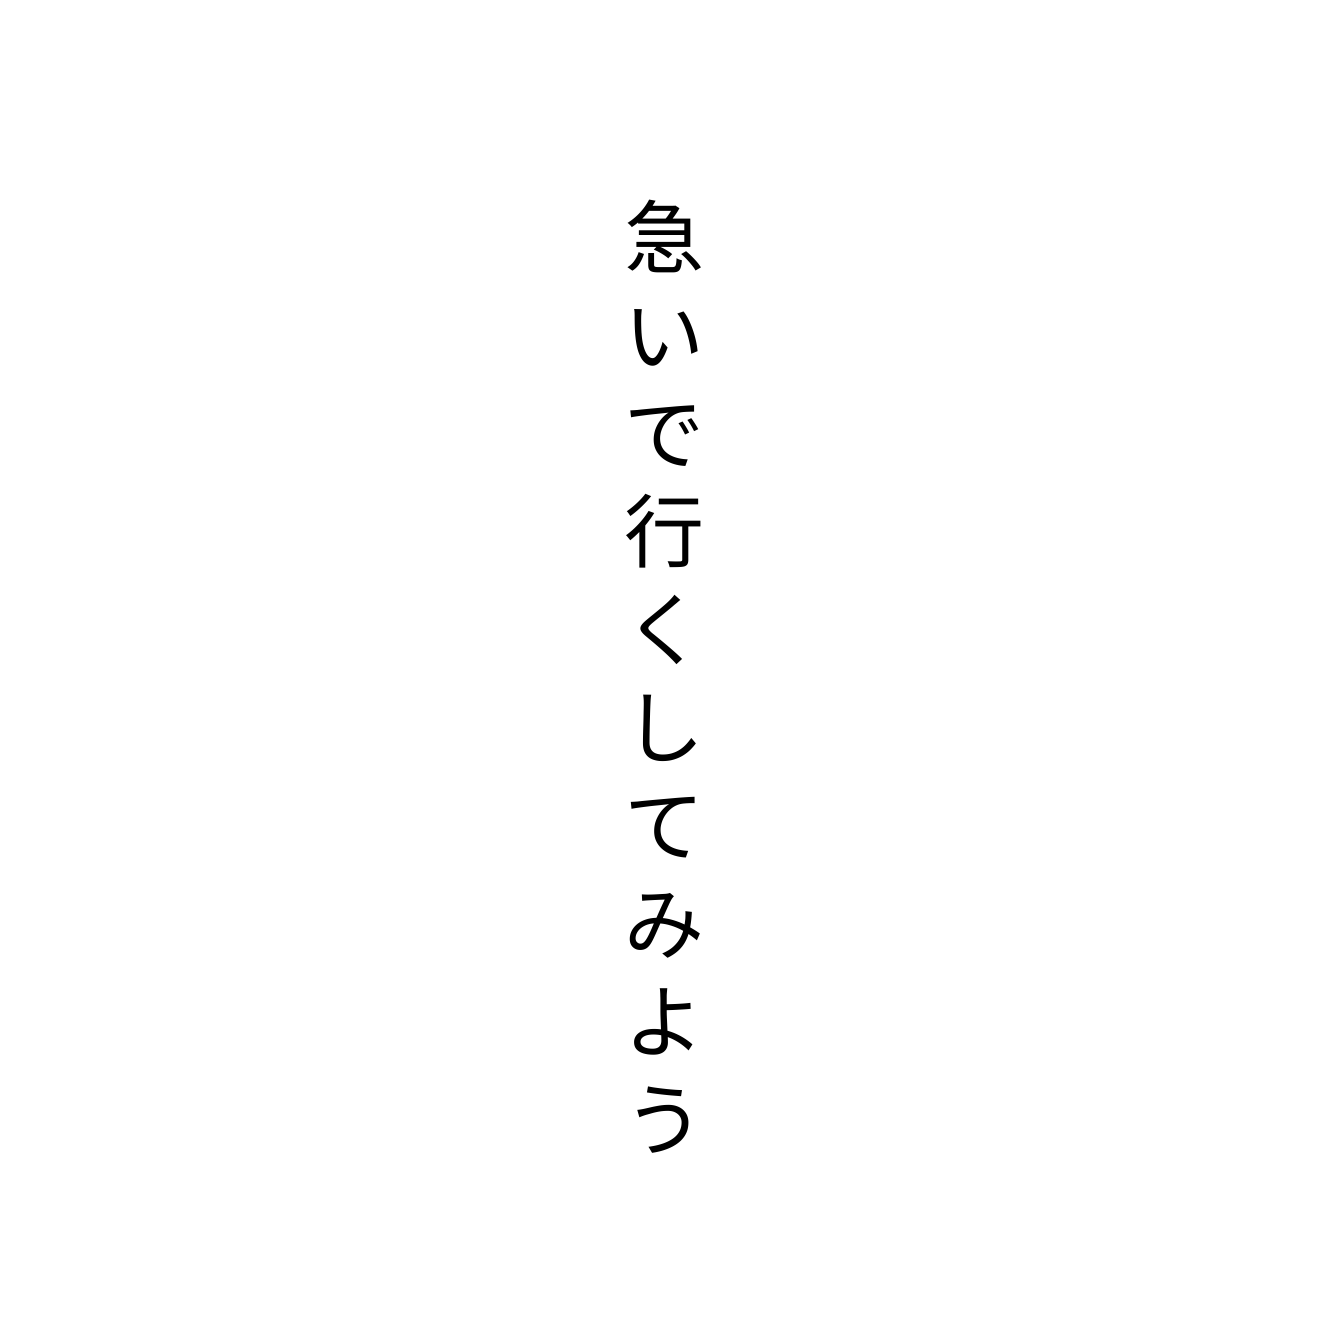
急いで行くしてみよう